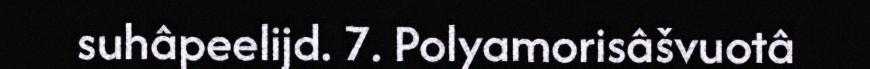
suhâpeelijd. 7. Polyamorisâšvuotâ